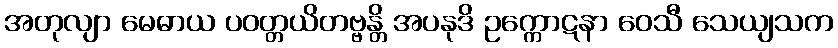
အတုလျာ မေဓာယ ပဝတ္တယိတဗ္ဗန္တိ အပနုဒိ ဥက္ကောဋနာ ဝေသီ သေယျသက